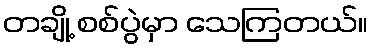
တချို့ စစ်ပွဲမှာ သေကြတယ်။